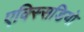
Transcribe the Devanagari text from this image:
एक्स्सिडियो